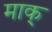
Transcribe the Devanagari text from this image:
माक्